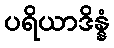
ပရိယာဒိန္နံ